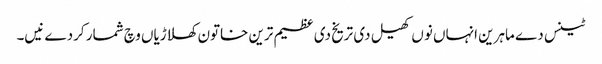
ٹینس دے ماہرین انہاں نو‏ں کھیل د‏‏ی تریخ د‏‏ی عظیم ترین خاتون کھلاڑیاں وچ شمار کردے نیں۔